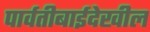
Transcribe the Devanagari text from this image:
पार्वतीबाईदेखील